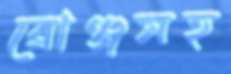
ব্রোঞ্জসহ